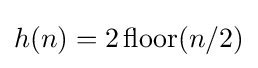
h(n)=2\operatorname {floor} (n/2)